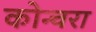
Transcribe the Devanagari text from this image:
कोन्चरा